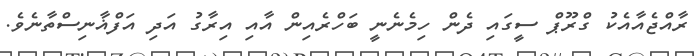
ރާއްޖެއާއެކު ގްރޫޕް ސީގައި ދެން ހިމެނެނީ ބަހްރެއިން އާއި އިރާގު އަދި އަފްޣާނިސްތާނެވެ.